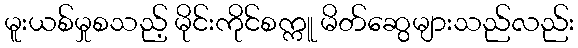
မူးယစ်မှုစသည့် မိုင်းကိုင်စက္ကူ မိတ်ဆွေများသည်လည်း